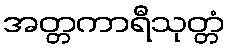
အတ္တကာရီသုတ္တံ